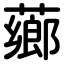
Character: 薌